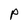
Character: P